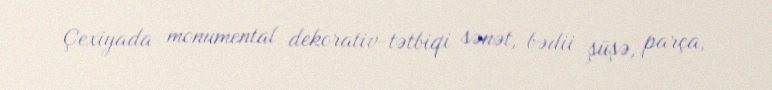
Çexiyada monumental dekorativ-tətbiqi sənət, bədii şüşə, parça,